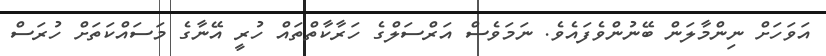
އަވަހަށް ނިންމާލަން ބޭނުންވެފައެވެ. ނަމަވެސް އަރްސަލްގެ ހަރާކާތްތައް ހުރީ އޭނާގެ މަސައްކަތަށް ހުރަސް